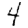
Digit: 4